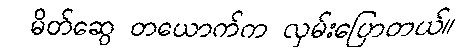
မိတ်ဆွေ တယောက်က လှမ်းပြောတယ်။